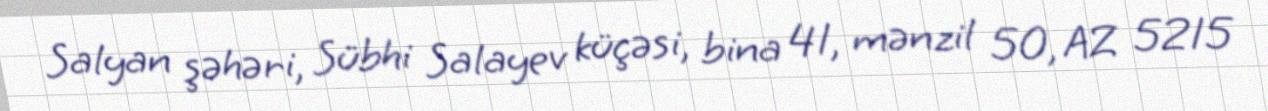
Salyan şəhəri, Sübhi Salayev küçəsi, bina 41, mənzil 50, AZ 5215